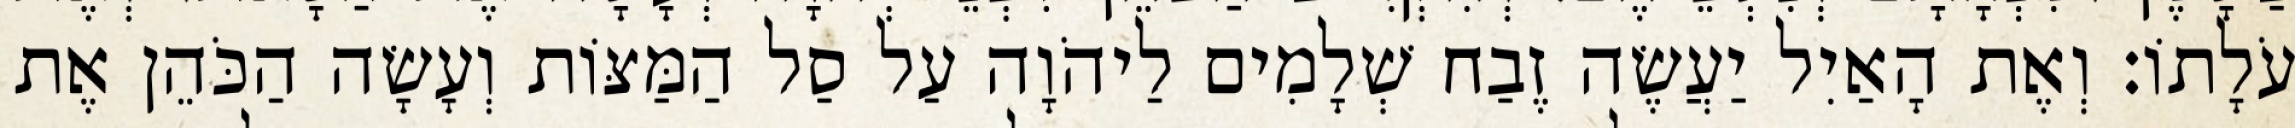
עֹלָתוֹ׃ וְאֶת הָאַיִל יַעֲשֶׂה זֶבַח שְׁלָמִים לַיהֹוָה עַל סַל הַמַּצּוֹת וְעָשָׂה הַכֹּהֵן אֶת